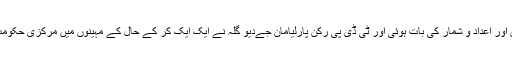
این ڈی اے حکومت اس وقت پوری طرح کمزور نظر آئی، جب حقائق اور اعداد و شمار کی بات ہوئی اور ٹی ڈی پی رکن پارلیامان جےدیو گلہ نے ایک ایک کر کے حال کے مہینوں میں مرکزی حکومت کی آندھر پردیش کو دئے جانے والی مدد کے دعوے کو خارج کیا۔